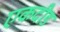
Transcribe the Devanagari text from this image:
एकदीड